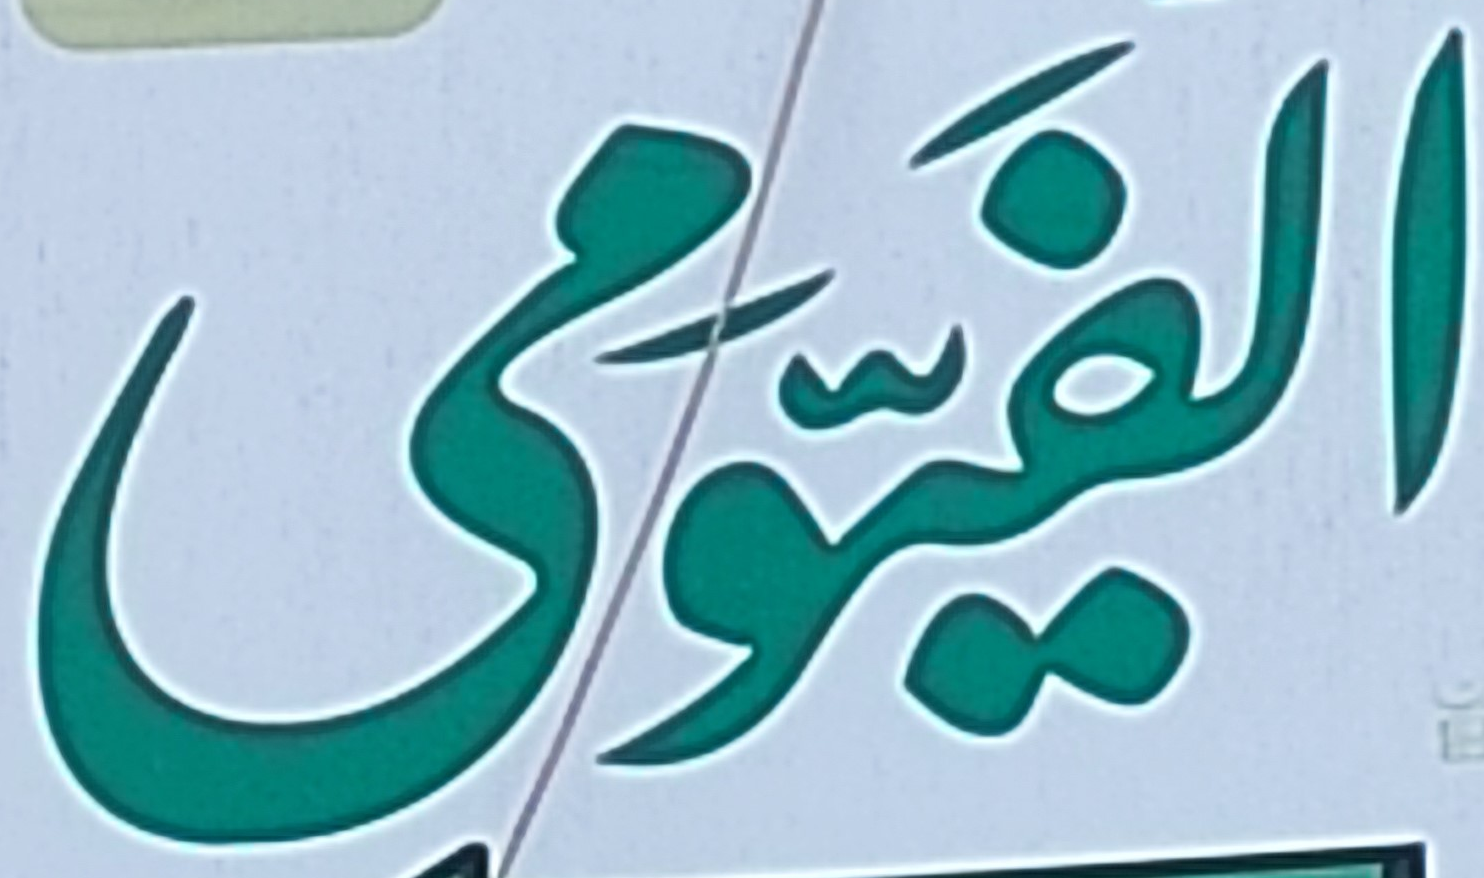
الفيومى